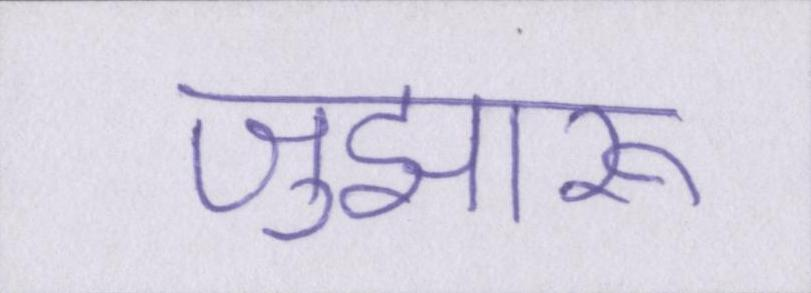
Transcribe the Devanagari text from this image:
जुझारू